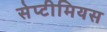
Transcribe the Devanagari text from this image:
सेप्टीमियस